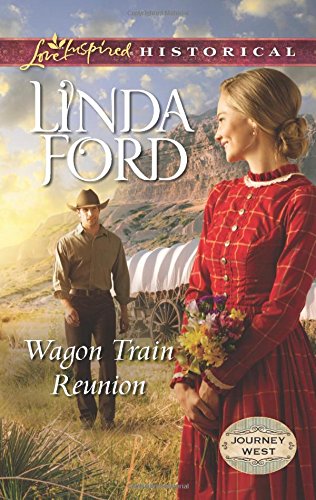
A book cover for Wagon Train Reunion (Journey West); Linda Ford; Christian Books & Bibles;